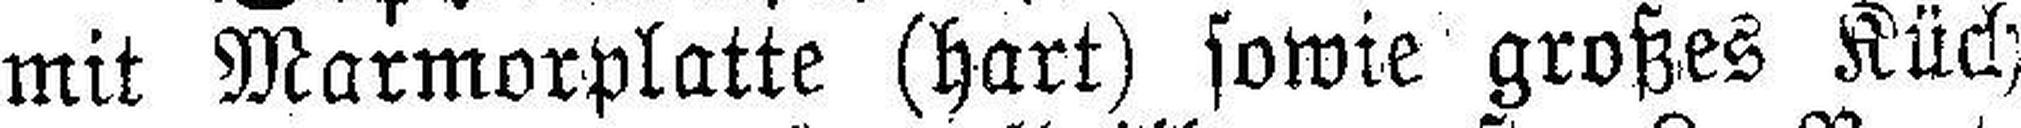
mit Marmorplatte (hart) sowie großes Küch¬